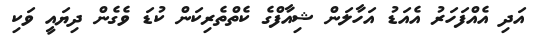
އަދި އެއްފަހަރު އެއަޑު އަހާލަން ޝިއާފްގެ ކެތްތެރިކަން ކުޑަ ވެގެން ދިޔައީ ވަކި